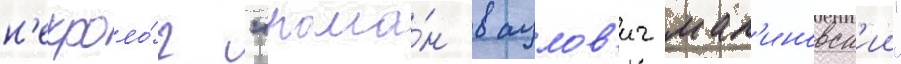
н'екроло́г "рома́н вацлов'ич мал'иновск'ии"